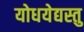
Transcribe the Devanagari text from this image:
योधयेद्यस्तु